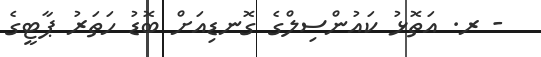
- ރ. އަތޮޅު ކައުންސިލްގެ ގޮނޑިއަށް ބޮޑު ހަތަރު ޕާޓީގެ